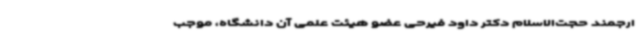
ارجمند حجت‌الاسلام دکتر داود فیرحی عضو هیئت علمی آن دانشگاه، موجب